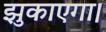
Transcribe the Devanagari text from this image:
झुकाएगा।